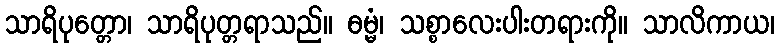
သာရိပုတ္တော၊ သာရိပုတ္တရာသည်။ ဓမ္မံ၊ သစ္စာလေးပါးတရားကို။ သာလိကာယ၊